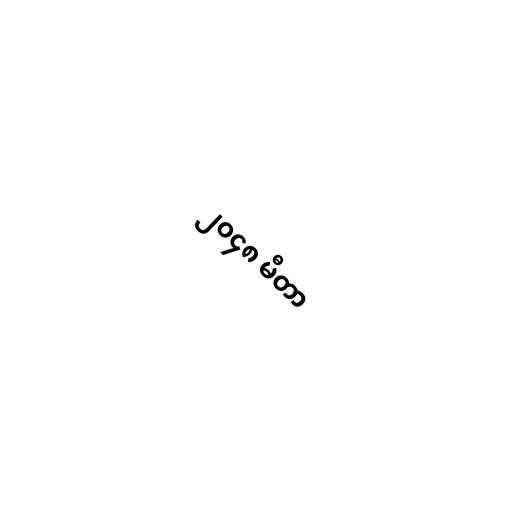
၂၀၄၈ မီတာ